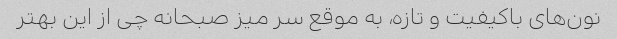
نون‌های باکیفیت و تازه، به موقع سر میز صبحانه چی از این بهتر